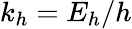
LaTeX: k_{h}=E_{h}/h